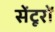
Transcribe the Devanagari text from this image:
सेंटूरों